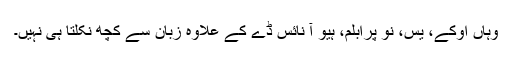
وہاں اوکے، یس، نو پرابلم، ہیو آ نائس ڈے کے علاوہ زبان سے کچھ نکلتا ہی نہیں۔